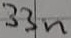
Text: 33n